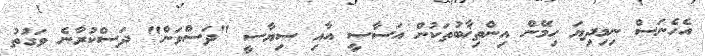
އެހެނަސް ނިމިދިޔަ ހިމޭން އިންތިޚާބުތަކުން އަސާސީ އާއި ސިޔާސީ "ދަސްވަން" ދަސްކުރާނެ ވަގުތު